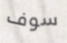
سوف